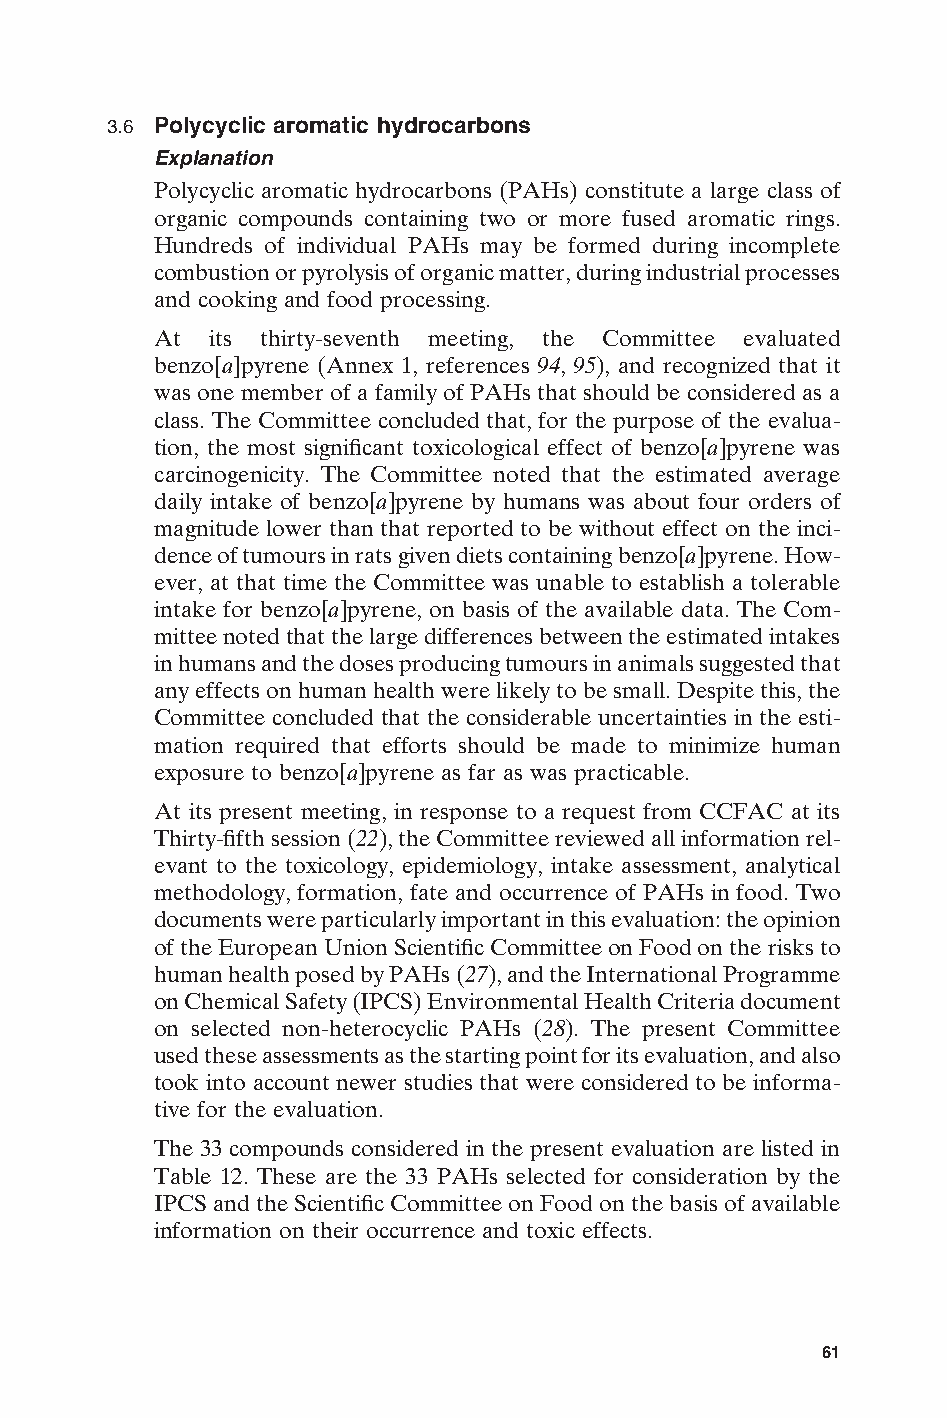
3.6 Polycyclic aromatic hydrocarbons
 Explanation
 Polycyclic aromatic hydrocarbons (PAHs) constitute a large class of
 organic compounds containing two or more fused aromatic rings.
 Hundreds of individual PAHs may be formed during incomplete
 combustion or pyrolysis of organic matter, during industrial processes
 and cooking and food processing.
 At  its thirty-seventh meeting, the Committee evaluated
 benzo[a]pyrene (Annex 1, references 94, 95), and recognized that it
 was one member of a family of PAHs that should be considered as a
 class. The Committee concluded that, for the purpose of the evalua-
 tion, the most significant toxicological effect of benzo[a]pyrene was
 carcinogenicity. The Committee noted that the estimated average
 daily intake of benzo[a]pyrene by humans was about four orders of
 magnitude lower than that reported to be without effect on the inci-
 dence of tumours in rats given diets containing benzo[a]pyrene. How-
 ever, at that time the Committee was unable to establish a tolerable
 intake for benzo[a]pyrene, on basis of the available data. The Com-
 mittee noted that the large differences between the estimated intakes
 in humans and the doses producing tumours in animals suggested that
 any effects on human health were likely to be small. Despite this, the
 Committee concluded that the considerable uncertainties in the esti-
 mation required that efforts should be made to minimize human
 exposure to benzo[a]pyrene as far as was practicable.
 At its present meeting, in response to a request from CCFAC at its
 Thirty-fifth session (22), the Committee reviewed all information rel-
 evant to the toxicology, epidemiology, intake assessment, analytical
 methodology, formation, fate and occurrence of PAHs in food. Two
 documents were particularly important in this evaluation: the opinion
 of the European Union Scientific Committee on Food on the risks to
 human health posed by PAHs (27), and the International Programme
 on Chemical Safety (IPCS) Environmental Health Criteria document
 on selected non-heterocyclic PAHs (28). The present Committee
 used these assessments as the starting point for its evaluation, and also
 took into account newer studies that were considered to be informa-
 tive for the evaluation.
 The 33 compounds considered in the present evaluation are listed in
 Table 12. These are the 33 PAHs selected for consideration by the
 IPCS and the Scientific Committee on Food on the basis of available
 information on their occurrence and toxic effects.
 E
 61
 Untitled-4       61                    12/20/05, 19:53